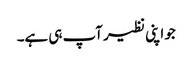
جو اپنی نظیر آپ ہی ہے۔